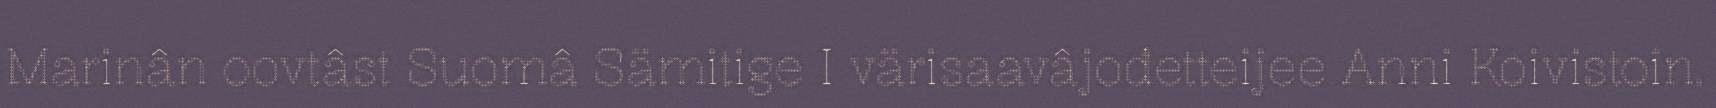
Marinân oovtâst Suomâ Sämitige I värisaavâjođetteijee Anni Koivistoin.